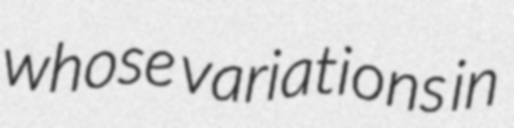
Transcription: whose variations in